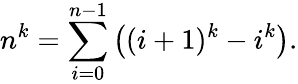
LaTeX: n^{k}=\sum_{i=0}^{n-1}\left((i+1)^{k}-i^{k}\right).